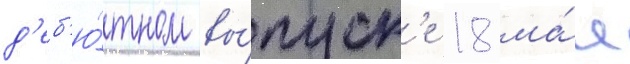
д'еб'ю́тном вы́пуск'е 18 ма́я